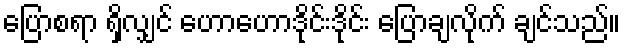
ပြောစရာ ရှိလျှင် ဟောဟောဒိုင်းဒိုင်း ပြောချလိုက် ချင်သည်။